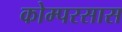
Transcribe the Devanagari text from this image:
कोम्परसास